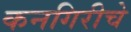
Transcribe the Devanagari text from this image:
कनगिरीचे